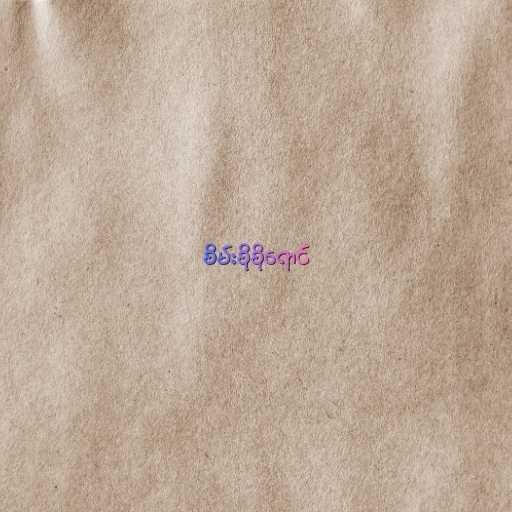
စိမ်းစိုစိုရောင်